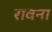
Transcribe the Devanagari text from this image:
रावना